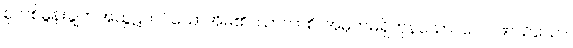
စုလစ်မွန်းချွတ်အထွဋ်တပ်သောအိမ်၏။ ယာကာစိ၊ အမှတ်မရှိကုန်သော။ ဂေါပါဏသိယော၊